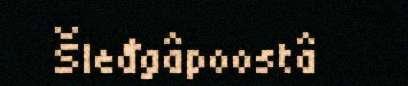
Šleđgâpoostâ